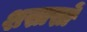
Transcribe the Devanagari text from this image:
शस्रास्रों